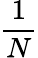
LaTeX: \frac 1N